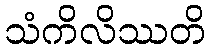
သံကိလိဿတိ